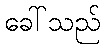
ခေါ်သည်